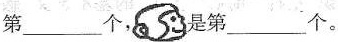
第___个， 是第___个。